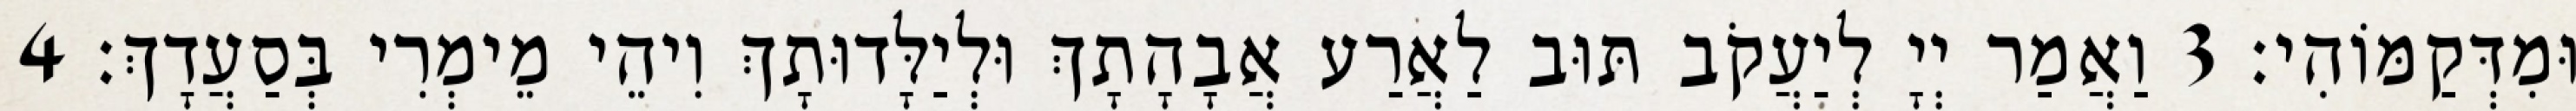
וּמִדְּקַמּוֹהִי׃ 3 וַאֲמַר יְיָ לְיַעֲקֹב תּוּב לַאֲרַע אֲבָהָתָךְ וּלְיַלָּדוּתָךְ וִיהֵי מֵימְרִי בְּסַעֲדָךְ׃ 4